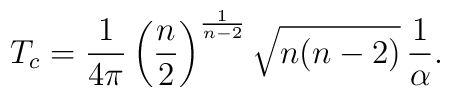
T_c=\frac{1}{4\pi}\left(\frac{n}{2}\right)^{\frac{1}{n-2}}\sqrt{n(n-2)}\,\frac{1}{\alpha}.